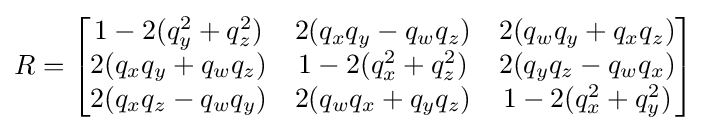
R={\begin{bmatrix}1-2(q_{y}^{2}+q_{z}^{2})&2(q_{x}q_{y}-q_{w}q_{z})&2(q_{w}q_{y}+q_{x}q_{z})\\2(q_{x}q_{y}+q_{w}q_{z})&1-2(q_{x}^{2}+q_{z}^{2})&2(q_{y}q_{z}-q_{w}q_{x})\\2(q_{x}q_{z}-q_{w}q_{y})&2(q_{w}q_{x}+q_{y}q_{z})&1-2(q_{x}^{2}+q_{y}^{2})\end{bmatrix}}